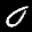
Label: 0